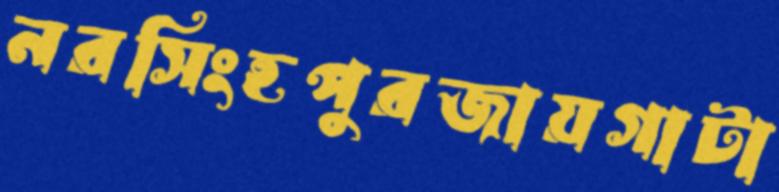
নরসিংহপুরজায়গাটা